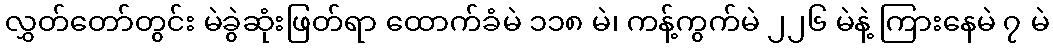
လွှတ်တော်တွင်း မဲခွဲဆုံးဖြတ်ရာ ထောက်ခံမဲ ၁၁၈ မဲ၊ ကန့်ကွက်မဲ ၂၂၆ မဲနဲ့ ကြားနေမဲ ၇ မဲ